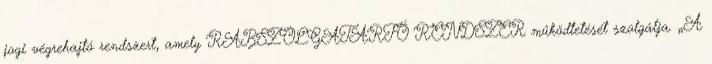
jogi végrehajtó rendszert, amely RABSZOLGATARTÓ RENDSZER működtetését szolgálja. „A